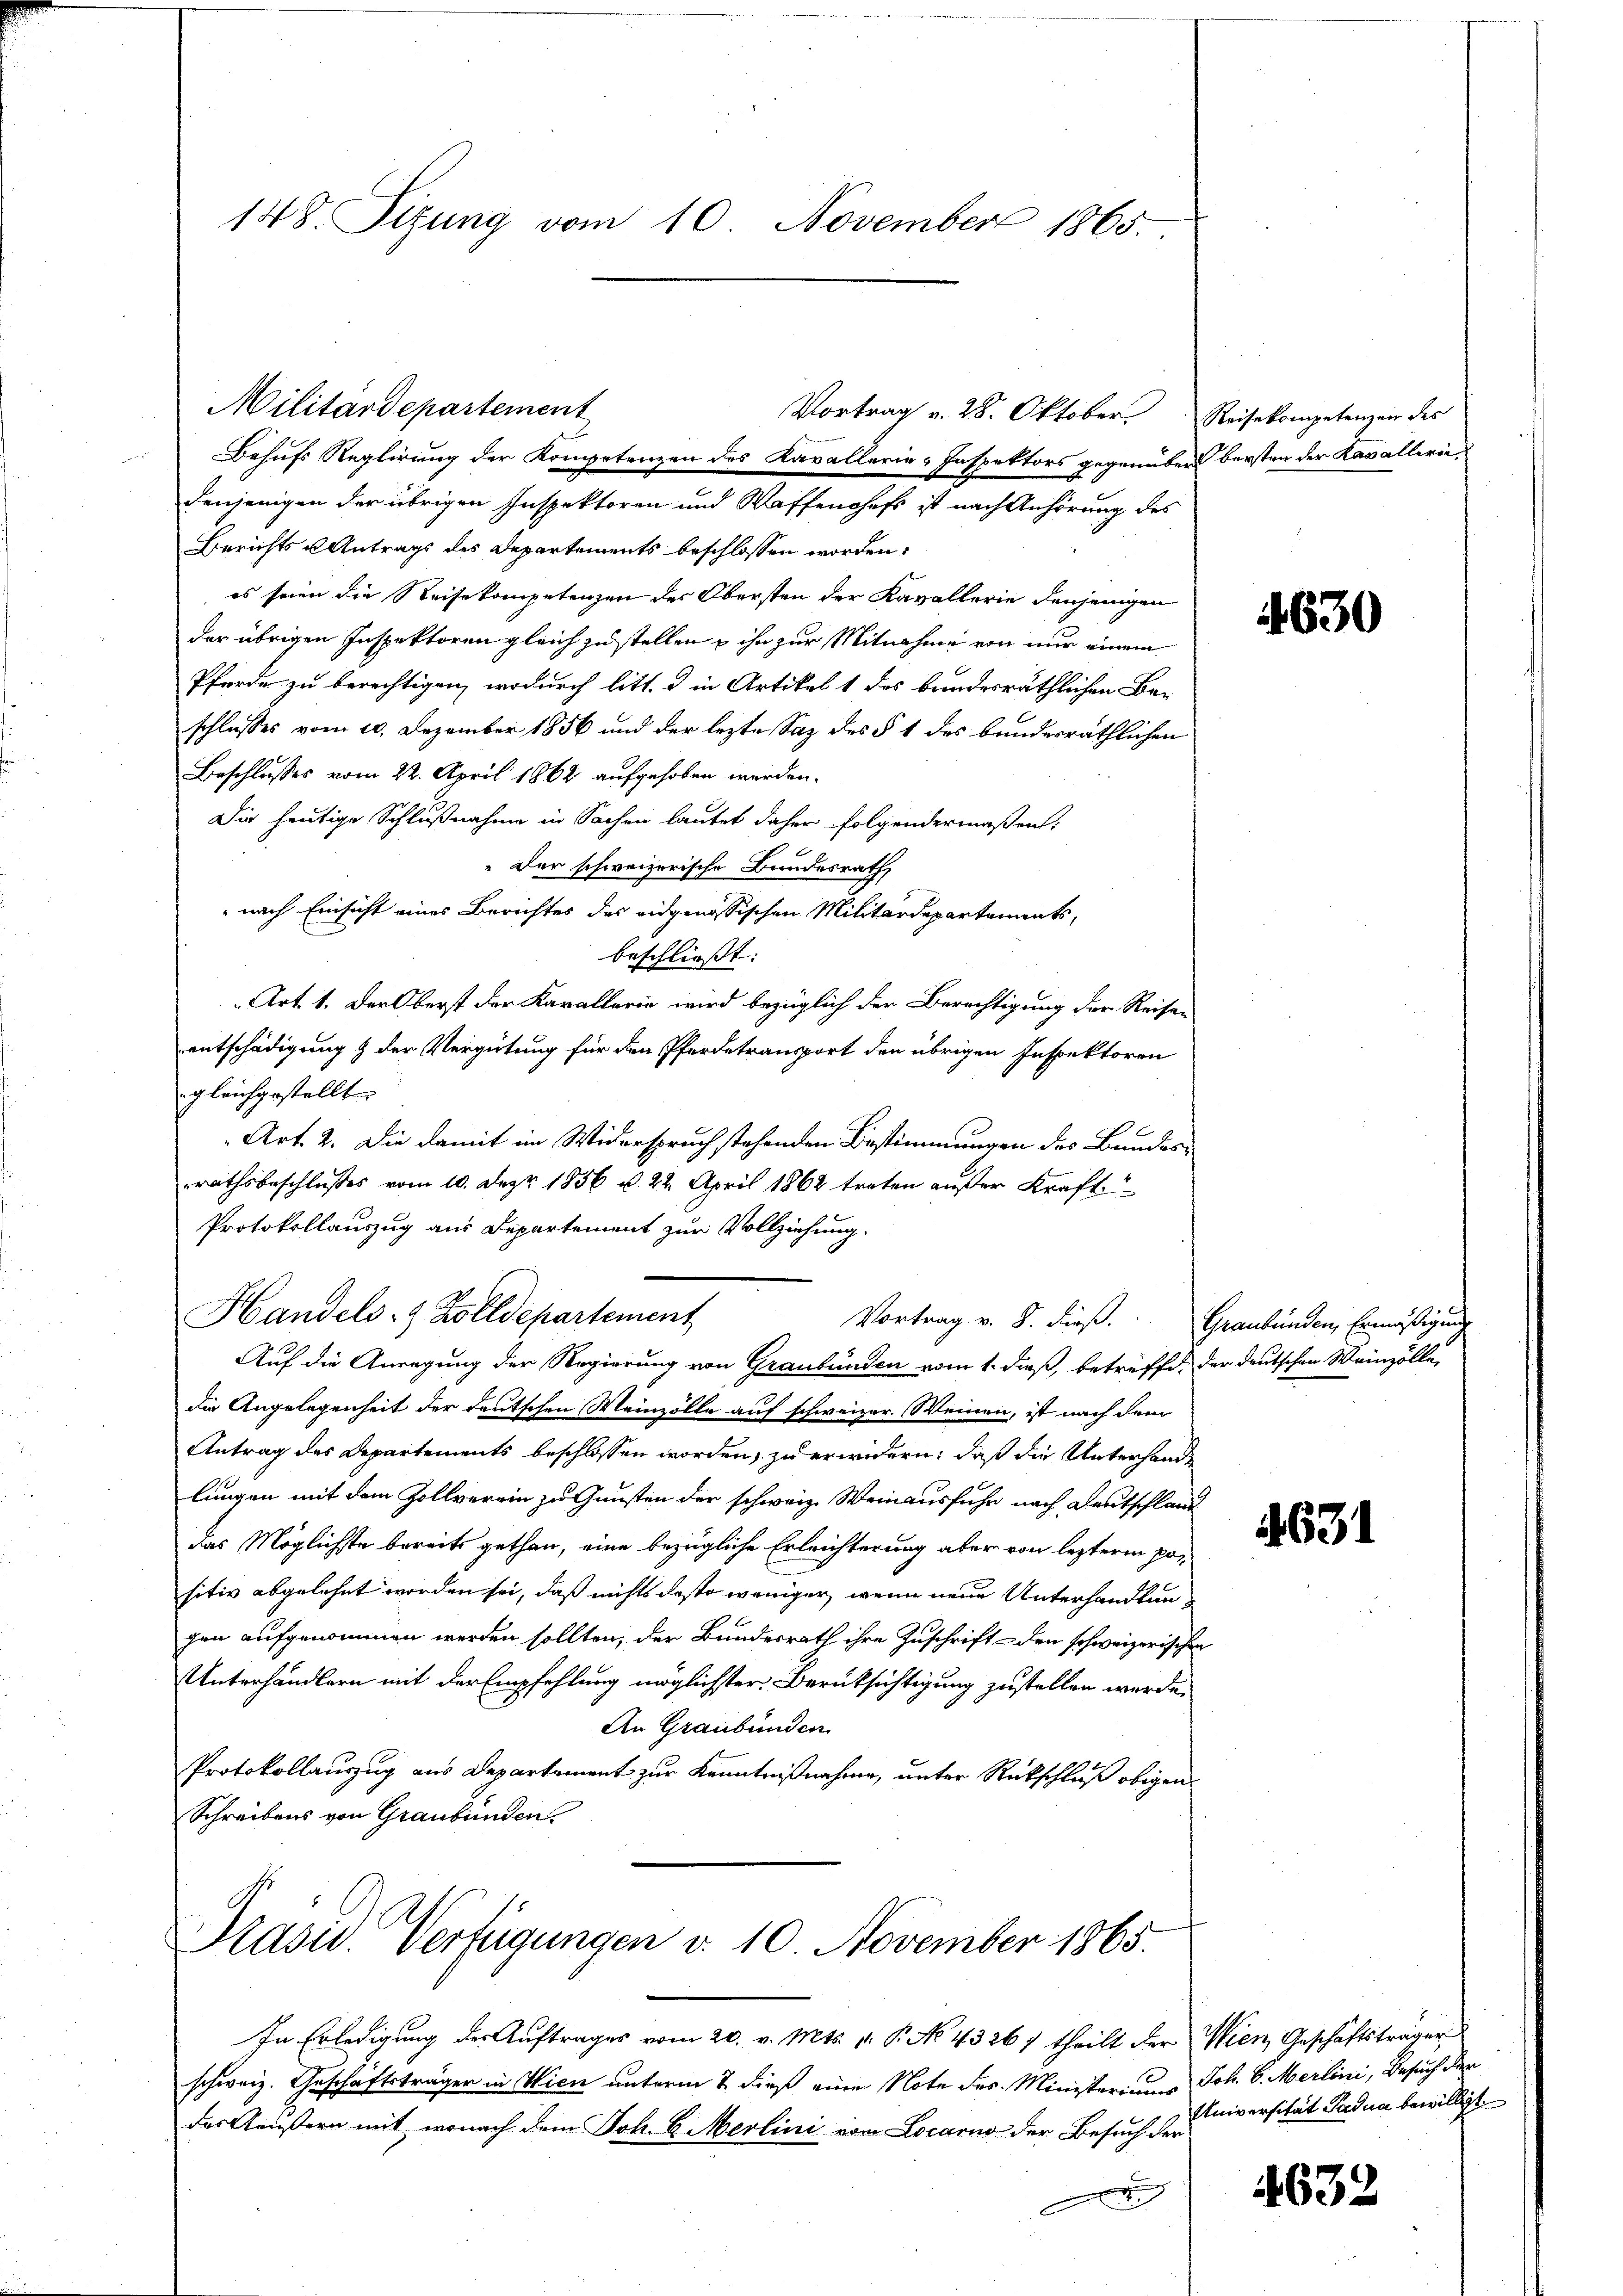
148. Sitzung vom 10. November 1865.

Behufs Reglirung der Kompetenzen des Kavallerie-Inspektors gegenüber bersten der Kavalleriedenjenigen der übrigen Inspektoren und Waffenchefs ist nach Anhörung des
Berichts u Antrags des Departements beschlossen worden,
es seien die Reisekompetenzen des Obersten der Kavallerie denjenigen
der übrigen Inspektoren gleich zu stellen, ihn zur Mitnahme von nur einem
Pferde zu berechtigen, wodurch litt. d in Artikel 1 des bundesräthlichen Beschlusses vom 10. Dezember 1856 und der lezte Saz des § 1 des bandesräthlichen
Beschlusses vom 22. April 1862 aufgehoben werden.
Die heutige Schlußnahme in Sachen lautet daher folgendermaßen:
" der schweizerische Bundesrath,
" nach Einsicht eines Berichtes des eidgenössischen Militärdepartements,
beschließt:
Art. 1. Der Oberst der Karallerie wird bezüglich der Berechtigung der Reise-
entschädigung & der Vergütung für den Pferdetransport den übrigen Inspektoren
gleichgestellt.
Art. 2. Die damit im Widerspruch stehenden Bestimmungen des Bundes-
rrathsbeschlußes vom 10. Dez. 1856 u. 22. April 1862 treten außer Kraft.
Protokollauszug aus Departement zur Vollziehung.
Handels- & Zolldepartement
Vortrag v. 8. dieß. Graubünden, Ermäßigung
Auf die Anregung der Regierung von Graubünden vom 1. dieß, betreffe, der deutschen Weinzölle,
die Angelegenheit der deutschen Weinzölle auf schweizer. Weinen, ist nach dem
Antrag des Departements beschlossen worden, zu erwidern, daß die Unterhande
lungen mit dem Zollverein zu Gunsten der schweiz. Weinausfuhr nach Deutschland
das Möglichste bereits gethan, eine bezügliche Erleichterung aber von lezteren por
sitiv abgelehnt worden sei, daß nichts desto weniger, wenn neue Unterhandlungen aufgenommen werden sollten, der Bundesrath ihre Zuschrift den schweizerischen
Unterhändlern mit der Empfehlung möglichster Berüksichtigung zustellen werde,
An Graubünden.
Protokollauszug aus Departement zur Kenntnißnahme, unter Rückschluß obigen
Schreibens von Graubünden.

Militärdepartement
Vortrag v. 28. Oktober. Reisekompetenzen des

Pasu. Verfügungen v. 10 November 1865.

das Aeußern mit, wonach dem Joh. 6. Merlini von Locarno der Besuch der
)

In Erledigung der Auftrages vom 20. v. Mts. v. P. No. 43267 theilt der Wien, Geschäftsträger
schweiz. Geschäftsträger in Wien unterm 2. dieß einer Note des Ministeriums Joh. 6. Merlini, Besuch der

4630

4631

Universität Padua bewilligt.

4632